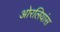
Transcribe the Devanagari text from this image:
ओरलियांस